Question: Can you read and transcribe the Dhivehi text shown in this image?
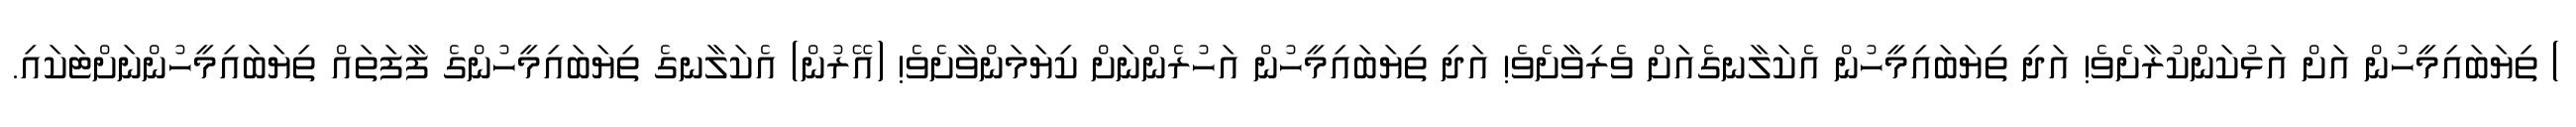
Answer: ) ތިޔަބައިމީހުން އަށް އަޅުކަންކުރާށެވެ! އަދި ތިޔަބައިމީހުން އެކަލާނގެއަށް ވެރިވާށެވެ! އަދި ތިޔަބައިމީހުން އަހުރެންނަށް ކިޔަމަންވާށެވެ! (އޭރުން) އެކަލާނގެ ތިޔަބައިމީހުންގެ ފާފަތައް ތިޔަބައިމީހުންނަށްޓަކައި.